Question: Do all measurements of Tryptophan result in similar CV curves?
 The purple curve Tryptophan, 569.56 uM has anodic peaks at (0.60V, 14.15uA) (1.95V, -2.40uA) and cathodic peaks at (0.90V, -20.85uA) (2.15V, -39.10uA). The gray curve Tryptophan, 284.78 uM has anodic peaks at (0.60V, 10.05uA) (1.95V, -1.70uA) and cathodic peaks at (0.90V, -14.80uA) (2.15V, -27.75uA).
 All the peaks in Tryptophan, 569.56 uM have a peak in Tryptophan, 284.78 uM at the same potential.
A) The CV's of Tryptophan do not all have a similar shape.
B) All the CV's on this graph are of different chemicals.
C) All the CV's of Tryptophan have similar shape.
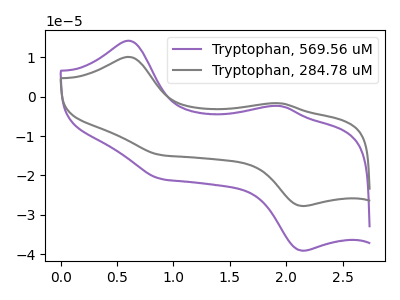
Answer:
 <answer>C) All the CV's of "Tryptophan" have similar shape.</answer>
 <eval>C</eval>